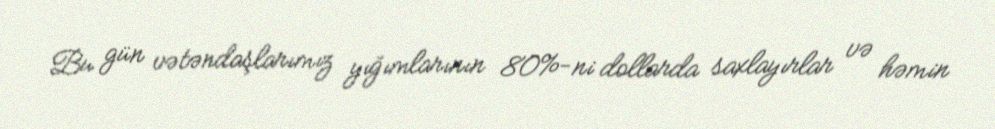
Bu gün vətəndaşlarımız yığımlarının 80%-ni dollarda saxlayırlar və həmin